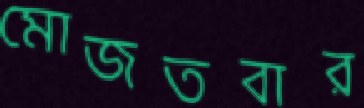
মোজতবার